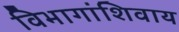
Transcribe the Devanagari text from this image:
विभागांशिवाय